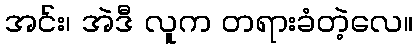
အင်း၊ အဲဒီ လူက တရားခံတဲ့လေ။